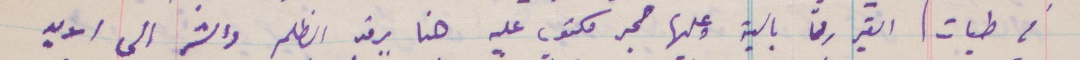
في طيات الغير رقمًا بالية عليها حجر مكتوب عليه هنا يرقد الظلم والشر الى الابد